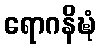
ရောဂနိဍ္ဎံ